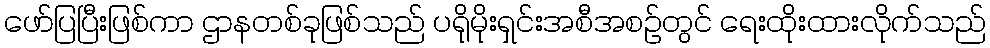
ဖော်ပြပြီးဖြစ်ကာ ဌာနတစ်ခုဖြစ်သည် ပရိုမိုးရှင်းအစီအစဉ်တွင် ရေးထိုးထားလိုက်သည်